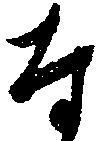
な